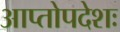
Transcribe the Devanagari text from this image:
आप्तोपदेशः